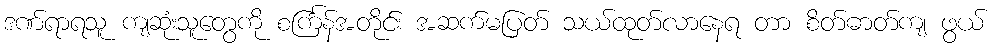
ဒဏ်ရာရသူ ကျဆုံးသူတွေကို စင်္ကြန်အတိုင်း အဆက်မပြတ် သယ်ထုတ်လာနေရ တာ စိတ်ဓာတ်ကျ ဖွယ်